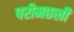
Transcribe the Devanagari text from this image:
परीमछली